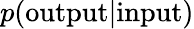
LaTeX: p(\textrm{output}|\textrm{input})